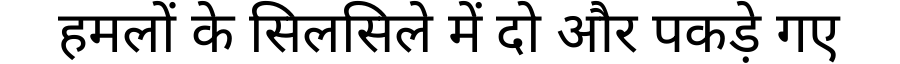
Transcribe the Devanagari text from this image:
हमलों के सिलसिले में दो और पकड़े गए